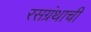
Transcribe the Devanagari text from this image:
रसग्रंथाची